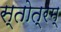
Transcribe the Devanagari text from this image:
स्तोत्रम्